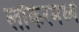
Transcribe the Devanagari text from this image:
लॉकरमध्ये